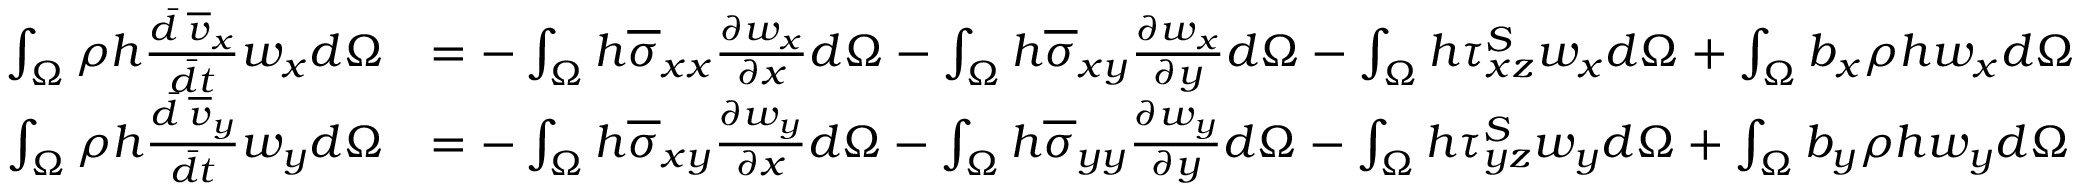
\begin{array} { r l } { \int _ { \Omega } \rho h \frac { \Bar { d } \; \overline { { v } } _ { x } } { \Bar { d t } } w _ { x } d \Omega } & { = - \int _ { \Omega } h \overline { { \sigma } } _ { x x } \frac { \partial w _ { x } } { \partial x } d \Omega - \int _ { \Omega } h \overline { { \sigma } } _ { x y } \frac { \partial w _ { x } } { \partial y } d \Omega - \int _ { \Omega } h \tau _ { x z } ^ { S } w _ { x } d \Omega + \int _ { \Omega } b _ { x } \rho h w _ { x } d \Omega } \\ { \int _ { \Omega } \rho h \frac { \Bar { d } \; \overline { { v } } _ { y } } { \Bar { d t } } w _ { y } d \Omega } & { = - \int _ { \Omega } h \overline { { \sigma } } _ { x y } \frac { \partial w _ { y } } { \partial x } d \Omega - \int _ { \Omega } h \overline { { \sigma } } _ { y y } \frac { \partial w _ { y } } { \partial y } d \Omega - \int _ { \Omega } h \tau _ { y z } ^ { S } w _ { y } d \Omega + \int _ { \Omega } b _ { y } \rho h w _ { y } d \Omega } \end{array}